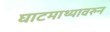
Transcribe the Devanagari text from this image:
घाटमाथ्यावरुन